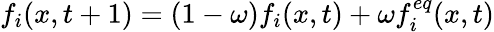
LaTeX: f_{i}(x,t+1)=(1-\omega)f_{i}(x,t)+\omega f_{i}^{eq}(x,t)